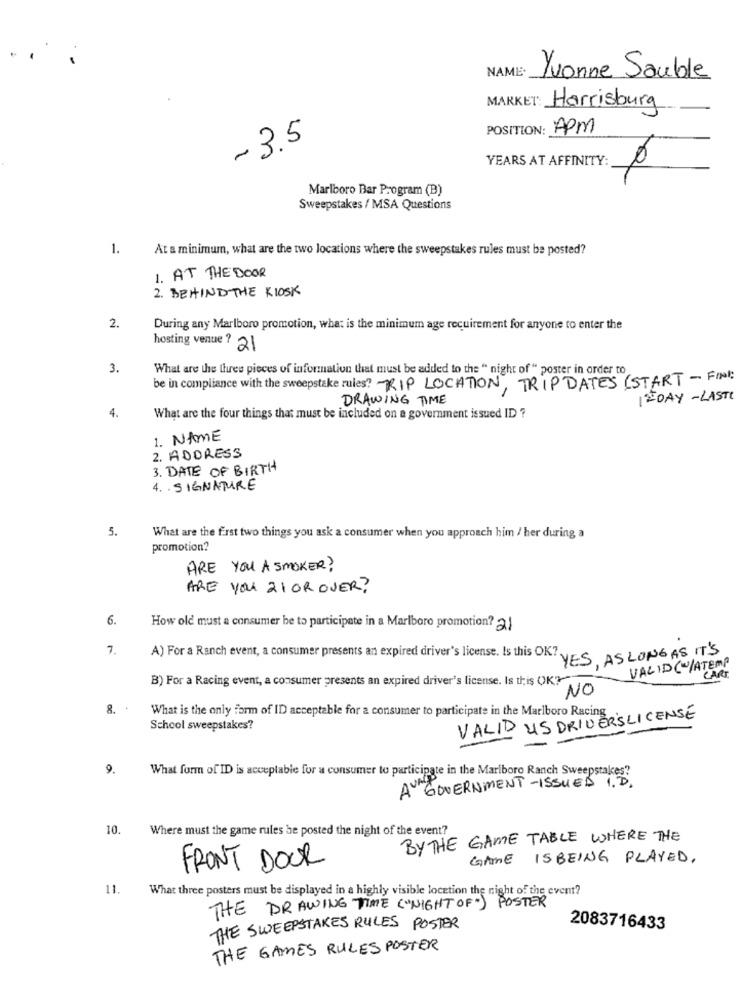
NAME
Yvonne Sauble
MARKET: Harrisburg
POSITION: APm
- 3.5
YEARS AT AFFINITY:
Marlboro Bar Program (B)
Sweepstakes / MSA Questions
1.
At a minimum, what are the two locations where the sweepstakes rules must be posted?
1. AT THE DOOR
2. BEHIND THE KIOSK
2.
During any Marlboro promotion, what is the minimum age requirement for anyone to enter the
hosting venue ? 21
3.
What are the three pieces of information that must be added to the " night of" poster in order to
be in compliance with the sweepstake rules? - RIP LOCATION, TRIPDATES (START-FING
DRAWING TIME
E DAY-LASTI
4.
What are the four things that must be included on a government issued ID ?
1. NAME
2. ADDRESS
3. DATE OF BIRTH
4. SIGNATURE
5.
What are the first two things you ask a consumer when you approach him / her during a
promotion?
ARE YOU A SMOKER?
ARE YOU 21 OR OVER?
6.
How old must a consumer be to participate in a Marlboro promotion? 21
7.
YES, AS LONG AS IT'S
A) For a Ranch event, a consumer presents an expired driver's license. Is this OK ?,
VALID(/ATEMP
B) For a Racing event, a consumer presents an expired driver's license. Is this OK?"
CART,
NO
. .
What is the only form of ID acceptable for a consumer to participate in the Marlboro Racing.
VALID US DRIVERSLICENSE
School sweepstakes?
9.
What form of ID is acceptable for a consumer to participate in the Marlboro Ranch Sweepstakes?
GOVERNMENT-ISSUED I.D.
AUND
10.
Where must the game rules be posted the night of the event?
BY THE GAME TABLE WHERE THE
GAME ISBEING PLAYED.
FRONT DOUR
11.
What three posters must be displayed in a highly visible location the night of the event?
THE DRAWING TIME ("NIGHT OF") POSTER
THE SWEEPSTAKES RULES POSTER
2083716433
THE GAMES RULES POSTER